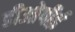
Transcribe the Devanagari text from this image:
डीओपीई